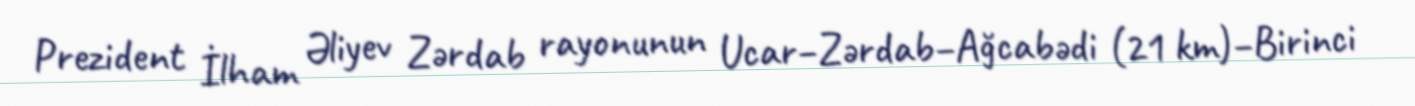
Prezident İlham Əliyev Zərdab rayonunun Ucar–Zərdab–Ağcabədi (21 km)–Birinci